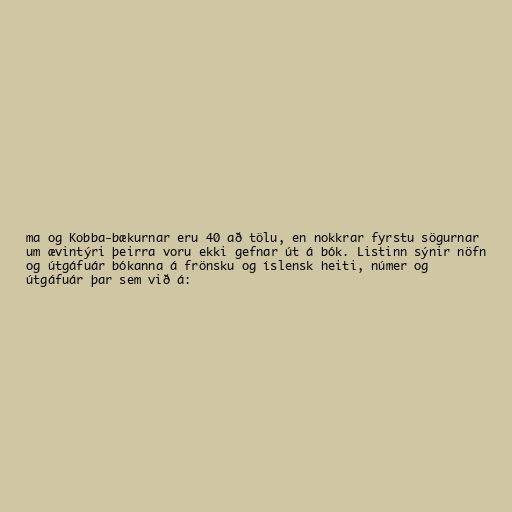
ma og Kobba-bækurnar eru 40 að tölu, en nokkrar fyrstu sögurnar
um ævintýri þeirra voru ekki gefnar út á bók. Listinn sýnir nöfn
og útgáfuár bókanna á frönsku og íslensk heiti, númer og
útgáfuár þar sem við á: